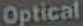
Optical